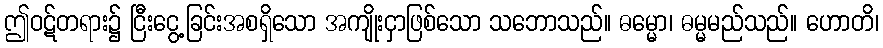
ဤဝဋ်တရား၌ ငြီးငွေ့ခြင်းအစရှိသော အကျိုးငှာဖြစ်သော သဘောသည်။ ဓမ္မော၊ ဓမ္မမည်သည်။ ဟောတိ၊